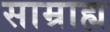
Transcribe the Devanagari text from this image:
साम्राह्य